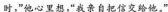
时，”他心里想，“我亲自把信交给他。"